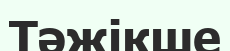
Тәжікше